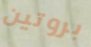
بروتين